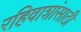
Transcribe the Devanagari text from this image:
रहिवाशांसाठी